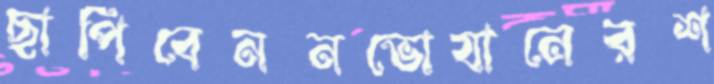
ছাপিবেননভোযানেরশ